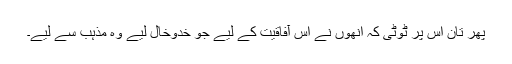
پھر تان اس پر ٹوٹی کہ انھوں نے اس آفاقیت کے لیے جو خدوخال لیے وہ مذہب سے لیے۔